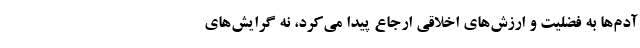
آدم‌ها به فضلیت و ارزش‌های اخلاقی ارجاع پیدا می‌کرد، نه گرایش‌های